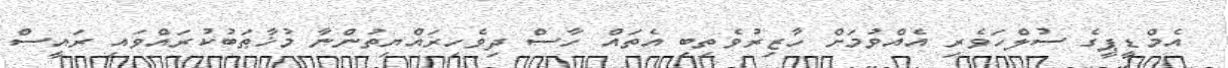
އެމްޑީޕީގެ ސުލްހަވެރި އެއްވުމަށް ހާޒިރުވެތިބި އެތައް ހާސް ދިވެހިރައްޔިތުންނާ މުޚާޠަބުކުރައްވައި ރައީސް